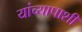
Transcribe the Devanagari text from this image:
यांच्यापाशी